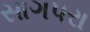
સાગપરા